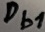
Text: Db1